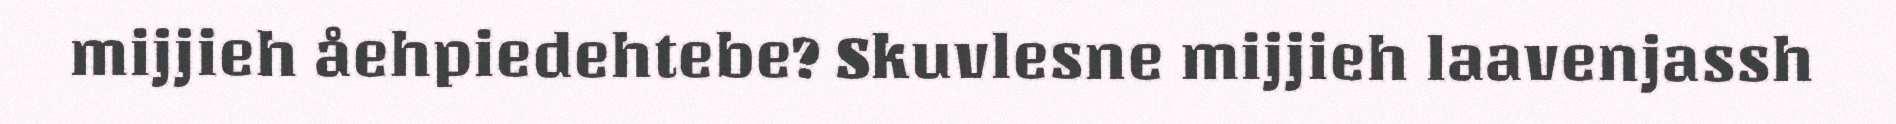
mijjieh åehpiedehtebe? Skuvlesne mijjieh laavenjassh